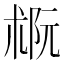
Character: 𪲭